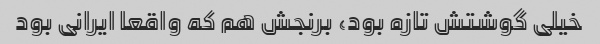
خیلی گوشتش تازه بود، برنجش هم که واقعا ایرانی بود